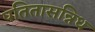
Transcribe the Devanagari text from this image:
पतितासन्निध